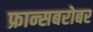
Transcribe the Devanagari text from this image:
फ्रान्सबरोबर